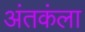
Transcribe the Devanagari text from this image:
अंतकंला